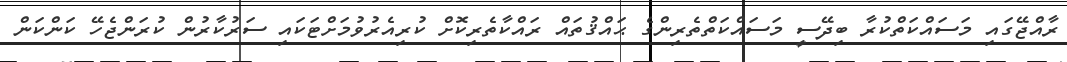
ރާއްޖޭގައި މަސައްކަތްކުރާ ބިދޭސީ މަސައްކަތްތެރިންގެ ޙައްޤުތައް ރައްކާތެރިކޮށް ކުރިއެރުވުމަށްޓަކައި ސަރުކާރުން ކުރަންޖެހޭ ކަންކަން